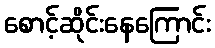
စောင့်ဆိုင်းနေကြောင်း